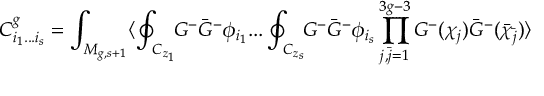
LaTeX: C _ { i _ { 1 } . . . i _ { s } } ^ { g } = \int _ { M _ { g , s + 1 } } \langle \oint _ { C _ { z _ { 1 } } } \! \! G ^ { - } { \bar { G } } ^ { - } \phi _ { i _ { 1 } } . . . \oint _ { C _ { z _ { s } } } \! \! G ^ { - } { \bar { G } } ^ { - } \phi _ { i _ { s } } \prod _ { j , { \bar { j } } = 1 } ^ { 3 g - 3 } G ^ { - } ( \chi _ { j } ) { \bar { G } } ^ { - } ( { \bar { \chi } } _ { \bar { j } } ) \rangle